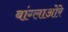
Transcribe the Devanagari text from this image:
बांग्लाओरे